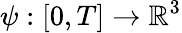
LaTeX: \psi:[0,T]\rightarrow\mathbb{R}^{3}